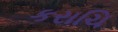
કરાચિ